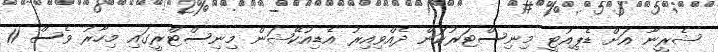
ޝެރީނާ އަށް ޑެޕިއުޓީ މިނިސްޓަރުކަން ދެއްވިއިރު އެޑިއުކޭޝަން މިނިސްޓްރީގައި މިހާރު ވެސް 11